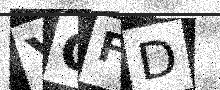
Text: YOFD